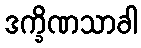
ဒက္ခိဏသာခါ